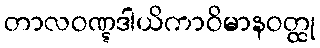
တာလဝဏ္ဋဒါယိကာဝိမာနဝတ္ထု